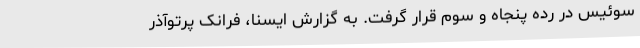
سوئیس در رده پنجاه و سوم قرار گرفت. به گزارش ایسنا، فرانک پرتوآذر